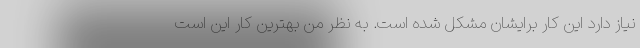
نیاز دارد این کار برایشان مشکل شده است. به نظر من بهترین کار این است